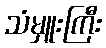
သံမှူးကြီး